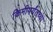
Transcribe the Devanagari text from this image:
किमीपर्यंतच्या